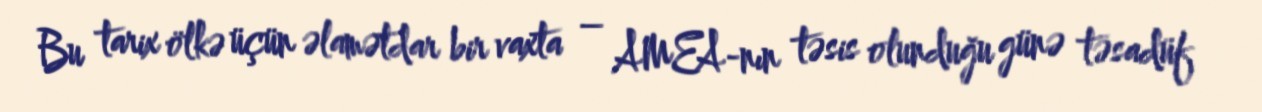
Bu tarix ölkə üçün əlamətdar bir vaxta – AMEA-nın təsis olunduğu günə təsadüf